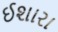
ઈશારા